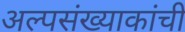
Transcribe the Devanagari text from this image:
अल्पसंख्याकांची